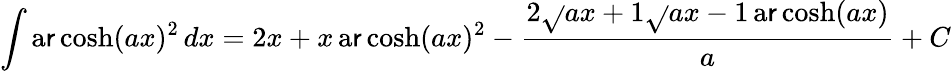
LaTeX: \int\operatorname{a\mathsf{r}cosh}(ax)^{2}\, dx=2x+x\operatorname{a\mathsf{r}cosh}(ax)^{2}-{\frac{{2{\sqrt{}{{ax+1}}}{\sqrt{}{{ax-1}}}\operatorname{a\mathsf{r}cosh}(ax)}}{{a}}}+C